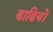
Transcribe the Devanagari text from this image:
ढाढियों